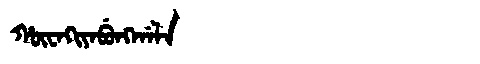
Manchu: ᡥᡡᠸᠠᡴᡳᠶᠠᠪᡠᠩᡤᠠᠯᠠ
Romanization: HŪWAKIYABUNGGALA